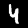
Label: 4